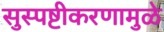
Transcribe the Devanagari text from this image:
सुस्पष्टीकरणामुळे